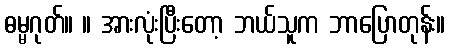
ဓမ္မဂုတ်။ ။ အားလုံးပြီးတော့ ဘယ်သူက ဘာပြောတုန်း။